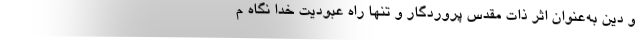
و دین به‌عنوان اثر ذات مقدس پروردگار و تنها راه عبودیت خدا نگاه م